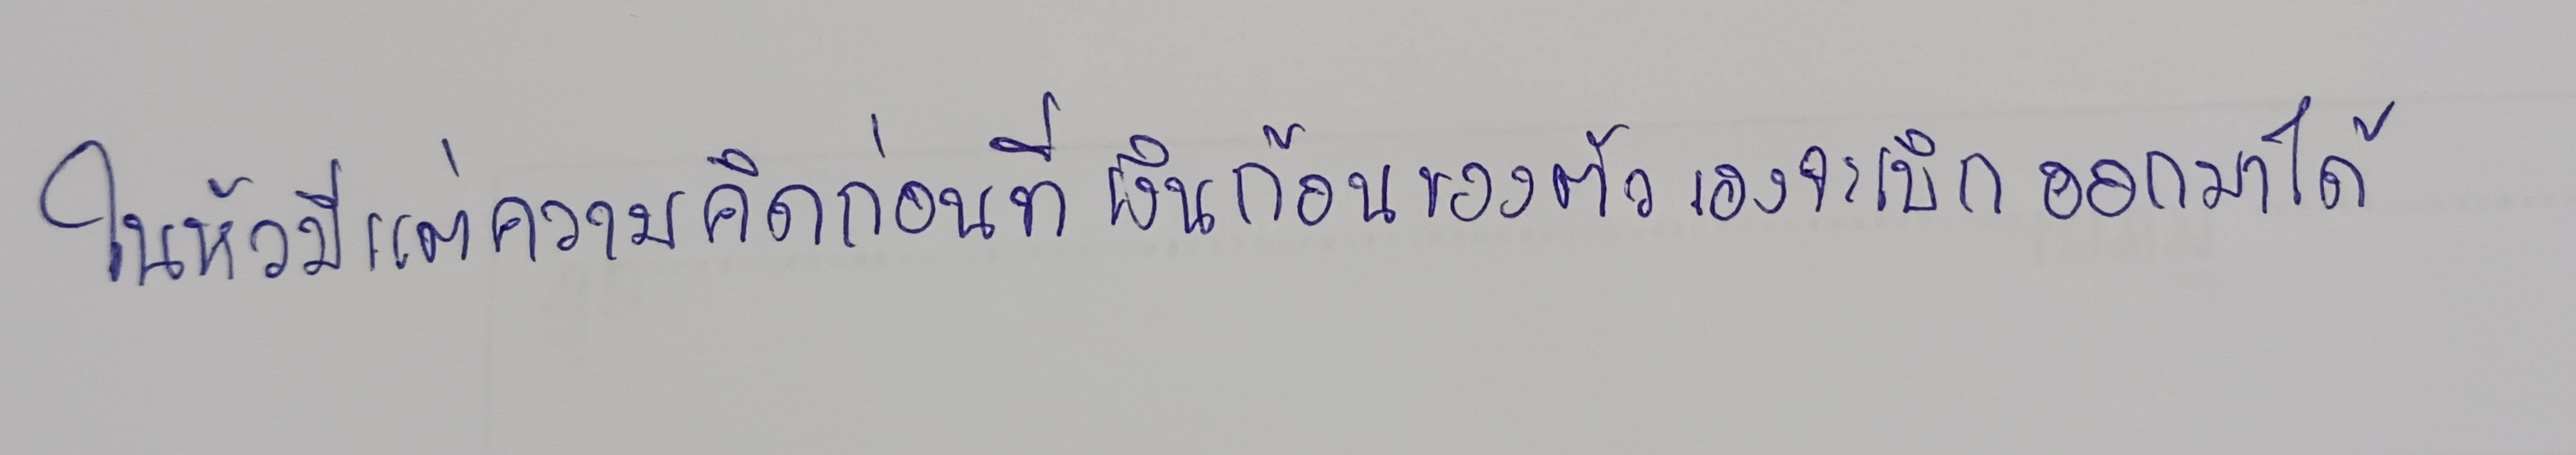
ในหัวมีแต่ความคิดก่อนที่เงินก้อนของตัวเองจะเบิกออกมาได้